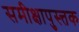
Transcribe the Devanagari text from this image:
समीक्षापुस्त्तक